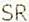
SR